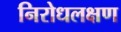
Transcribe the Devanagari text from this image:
निरोधलक्षण